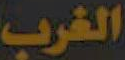
الغرب